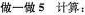
做一做5 计算：